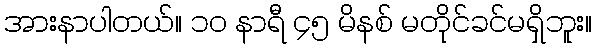
အားနာပါတယ်။ ၁၀ နာရီ ၄၅ မိနစ် မတိုင်ခင်မရှိဘူး။